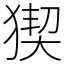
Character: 猰